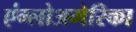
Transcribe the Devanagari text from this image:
एंग्लोअमेरिका